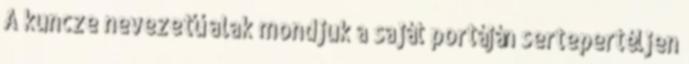
A kuncze nevezetű alak mondjuk a saját portáján sertepertéljen